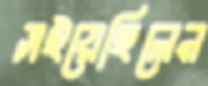
সইয়েছিলেন